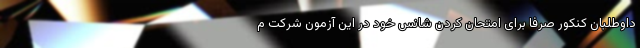
داوطلبان کنکور صرفا برای امتحان کردن شانس خود در این آزمون شرکت م